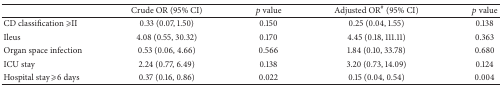
<table><thead><tr><td><b> </b></td><td><b>Crude OR (95% CI)</b></td><td><b><i>p</i> value</b></td><td><b>Adjusted OR<sup>#</sup> (95% CI)</b></td><td><b><i>p</i> value</b></td></tr></thead><tbody><tr><td>CD classification <i>⩾</i>II</td><td>0.33 (0.07, 1.50)</td><td>0.150</td><td>0.25 (0.04, 1.55)</td><td>0.138</td></tr><tr><td>Ileus</td><td>4.08 (0.55, 30.32)</td><td>0.170</td><td>4.45 (0.18, 111.11)</td><td>0.363</td></tr><tr><td>Organ space infection</td><td>0.53 (0.06, 4.66)</td><td>0.566</td><td>1.84 (0.10, 33.78)</td><td>0.680</td></tr><tr><td>ICU stay</td><td>2.24 (0.77, 6.49)</td><td>0.138</td><td>3.20 (0.73, 14.09)</td><td>0.124</td></tr><tr><td>Hospital stay <i>⩾</i>6 days </td><td>0.37 (0.16, 0.86)</td><td>0.022</td><td>0.15 (0.04, 0.54)</td><td>0.004</td></tr></tbody></table>